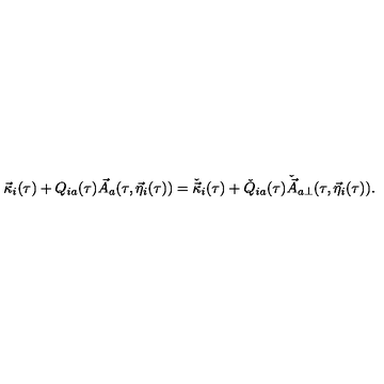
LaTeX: \vec { \kappa } _ { i } ( \tau ) + Q _ { i a } ( \tau ) \vec { A } _ { a } ( \tau , \vec { \eta } _ { i } ( \tau ) ) = \check { \vec { \kappa } } _ { i } ( \tau ) + \check { Q } _ { i a } ( \tau ) \check { \vec { A } } _ { a \perp } ( \tau , \vec { \eta } _ { i } ( \tau ) ) .